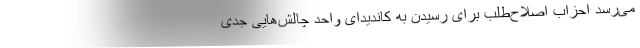
می‌رسد احزاب اصلاح‌طلب برای رسیدن به کاندیدای واحد چالش‌هایی جدی